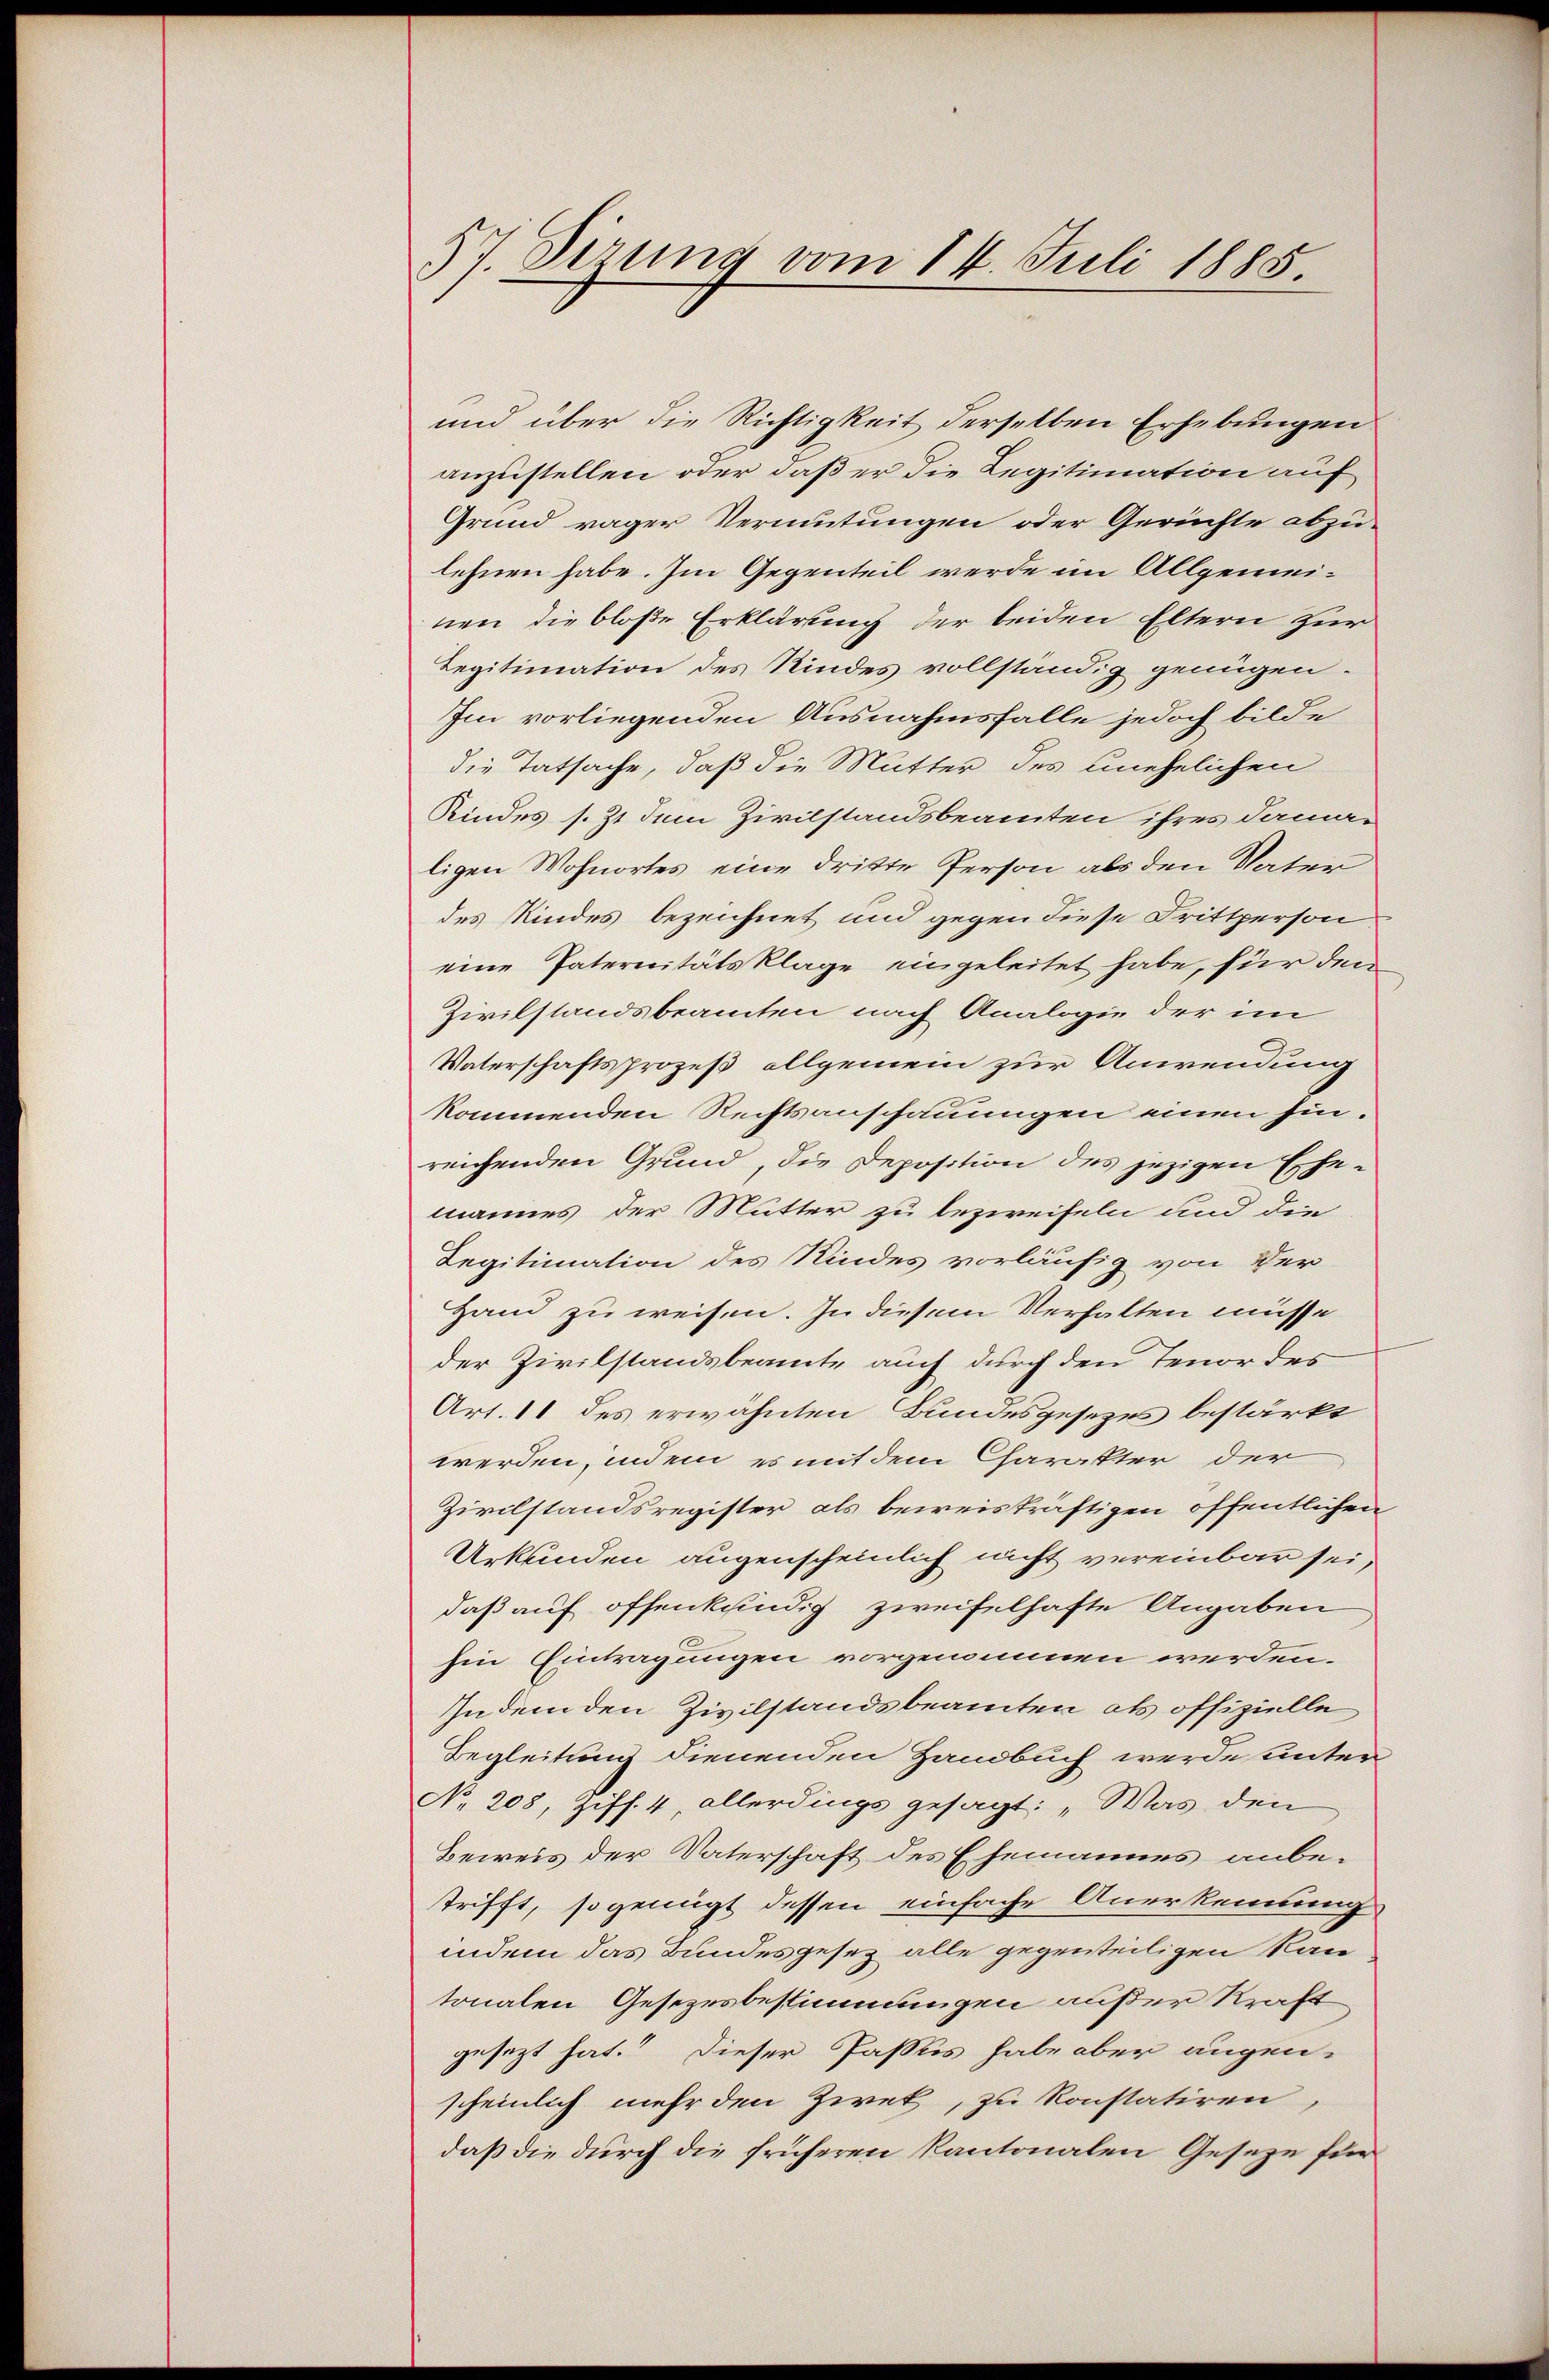
57. Sizung vom 14. Juli 1885.

und über die Richtigkeit derselben Erhebungen
anzustellen oder daß er die Legitimation auf
Grund rager Vermutungen oder Gerichte abzu-
lehnen habe. Im Gegenteil werde im Allgemeinen die bloße Erklärung der beiden Eltern zur
Legitimation des Kindes vollständig genügen.
Im vorliegenden Ausnahmsfalle jedoch bilde
die Tatsache, daß die Mutter des unehelichen
Kindes s. 31 dem Zivilstandsbeamten ihres dama-
ligen Wohnortes eine dritte Person als den Vater
des Kindes bezeichnet und gegen diese Drittperson
eine Paternitätsklage eingeleitet habe, für den
Zivilstandsbeamten nach Analogie der im
Vaterschaftsprozeß allgemein zur Anwendung
kommenden Rechtsanschauungen einen hinreichenden Grund, die Deposition des jezigen Ehe-
mannes der Mutter zu bezweifeln und den
Legitimation des Kindes vorläufig von der
Hand zu weisen. In diesem Verhalten müsse
der Zivilstandsbeamte auch durch den Tenor des
Art. 11 des erwähnten Bundesgesezes bestärkt
werden, indem es mit dem Charakter der
Zivilstandsregister als beweiskräftigen öffentlichen
Urkunden augenscheinlich nicht vereinbar sei,
daß auf offenkundig zweifelhafte Angaben
hin Eintragungen vorgenommen werden.
Indem den Zivilstandsbeamten als offizielle
Begleitung dienenden Handbuch werde unter
No. 208, Ziff. 4, allerdings gesagt: „Was den
Beweis der Vaterschaft des Ehemannes anbetrifft, so genügt dessen einfache Anerkennung
indem das Bundesgesez alle gegenteiligen kan
tonalen Gesetzesbestimmungen außer Kraft
gesetzt hat.“ Dieser Passus habe aber augen-
scheinlich mehr den Zwek, zu konstatiren,
daß die durch die früheren Kantonalen Geseze für